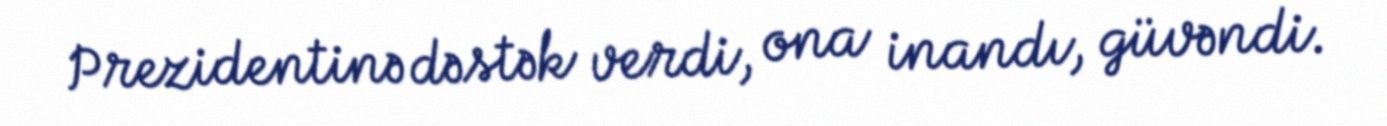
Prezidentinə dəstək verdi, ona inandı, güvəndi.